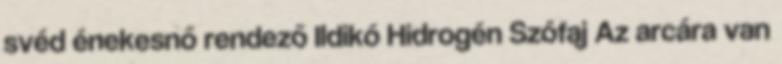
svéd énekesnő rendező Ildikó Hidrogén Szófaj Az arcára van